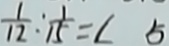
\frac { 1 } { 1 2 } : \frac { 1 } { 1 5 } = \angle 5